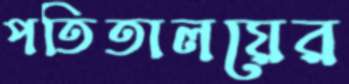
পতিতালয়ের